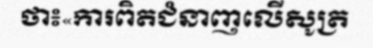
ថា៖«ការពិតជំនាញលើសូត្រ